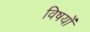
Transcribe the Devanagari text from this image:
विषयोंं